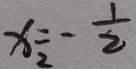
x _ { 2 } = - \frac { 1 } { 2 }